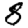
Digit: 8